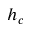
h _ { c }